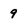
Character: 9